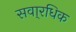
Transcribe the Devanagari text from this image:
सवा्रधिक